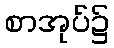
စာအုပ်၌